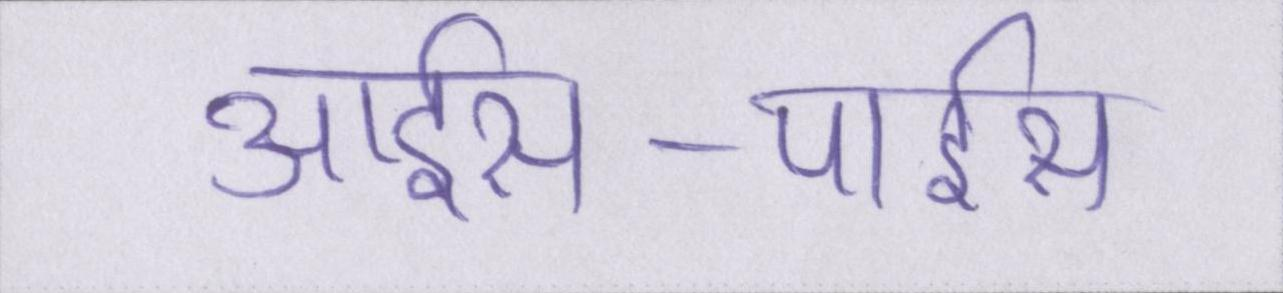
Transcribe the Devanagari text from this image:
आईस-पाईस